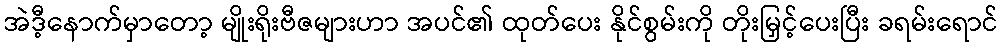
အဲဒီ့နောက်မှာတော့ မျိုးရိုးဗီဇများဟာ အပင်၏ ထုတ်ပေး နိုင်စွမ်းကို တိုးမြှင့်ပေးပြီး ခရမ်းရောင်